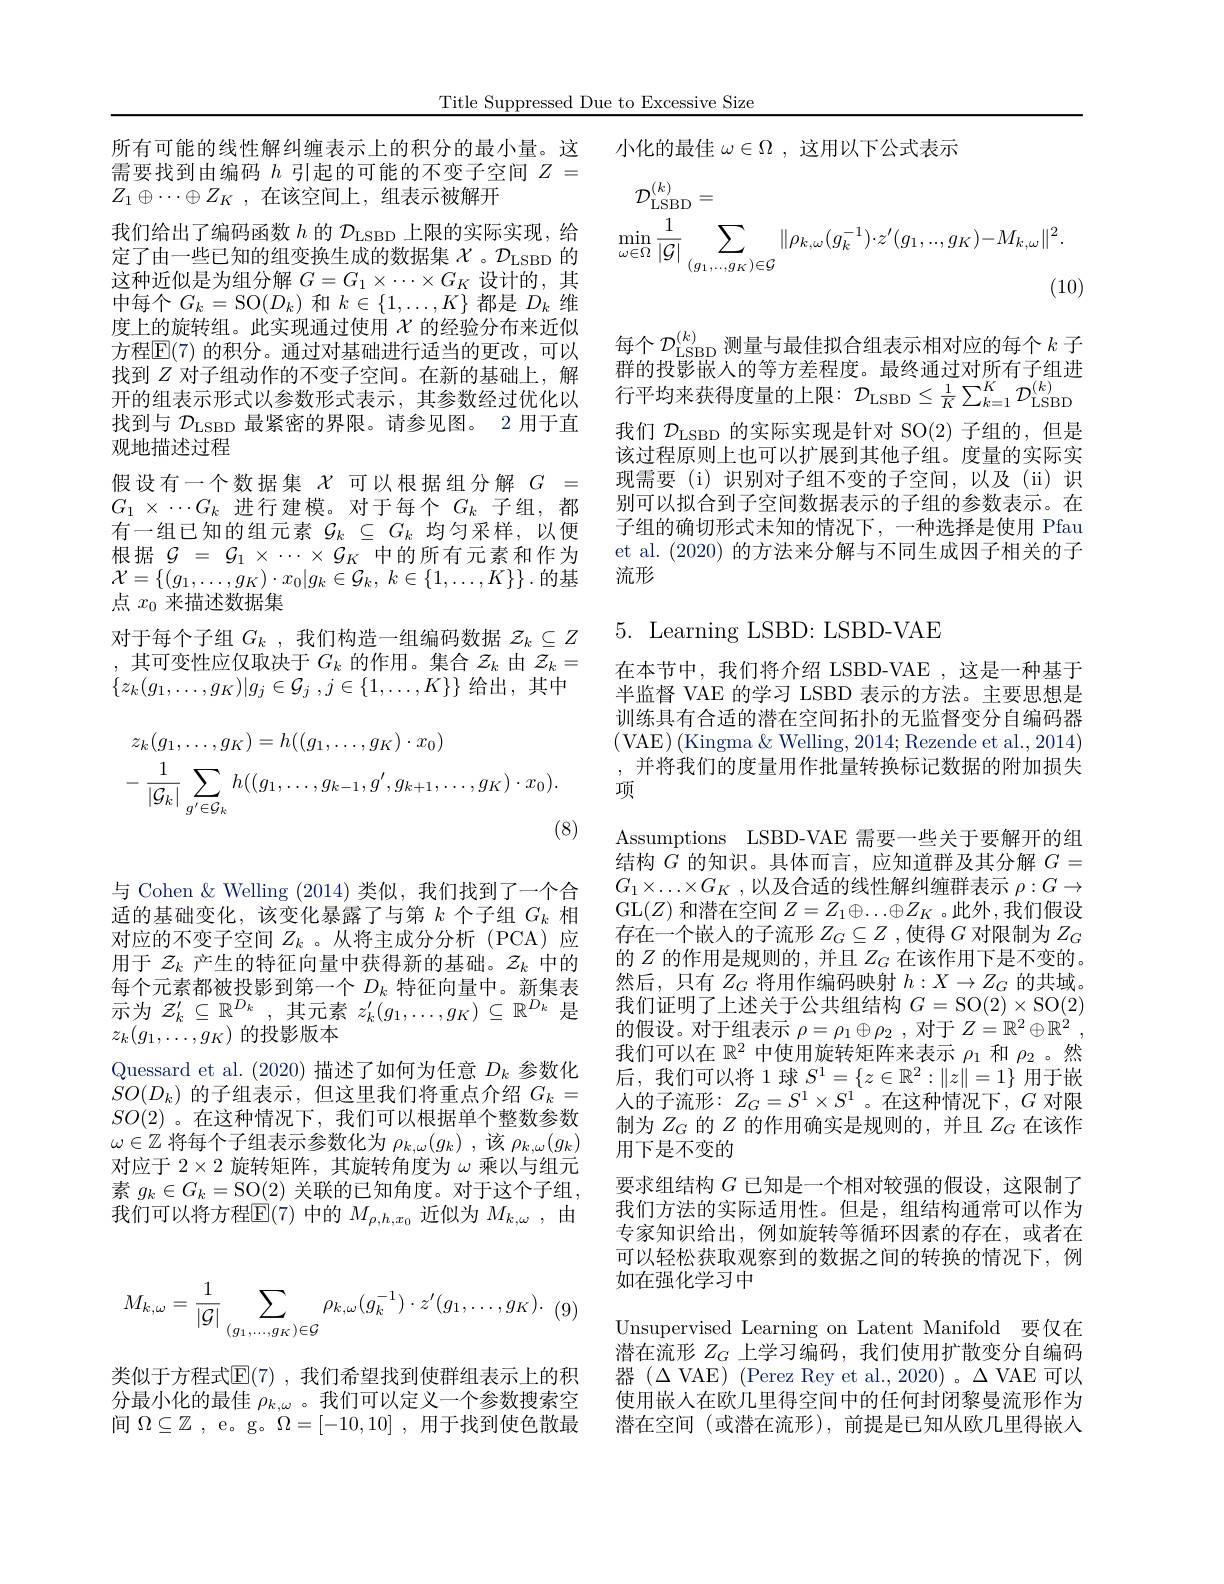
Title Suppressed Due to Excessive Size

需要找到由编码$h$引起的可能的不变子空间$Z=$
$Z_1\oplus\cdots\oplus Z_K$ ,在该空间上，组表示被解开
我们给出了编码函数$h$的$\mathcal{D}_\mathrm{LSBD}$上限的实际实现，给定了由一些已知的组变换生成的数据集$\chi$。$\mathcal{D}_\mathrm{LSBD}$ 的这种近似是为组分解$G=G_1\times\cdots\times G_K$设计的，其中每个$G_k=$SO$(D_k)$ 和$k\in\{1,\ldots,K\}$ 都是 $D_k$ 维度上的旋转组。此实现通过使用$\chi$的经验分布来近似方程$\mathbb{E}(7)$ 的积分。通过对基础进行适当的更改，可以找到$Z$对子组动作的不变子空间。在新的基础上，解开的组表示形式以参数形式表示，其参数经过优化以找到与$\mathcal{D}_\mathrm{LSBD}$最紧密的界限。请参见图。2 用于直观地描述过程
假设有一个数据集$\chi$可以根据组分解$G=$ $G_1\times\cdots G_k$进行建模。对于每个$G_k$子组，都有一组已知的组元素$\mathcal{G}_k\subseteq G_k$均匀采样，以便根据$\mathcal{G}=\mathcal{G}_1\times\cdots\times\mathcal{G}_K$中的所有元素和作为$\mathcal{X} = \{ ( g_1, \ldots , g_K) \cdot x_0| g_k\in \mathcal{G} _k$, $k\in \{ 1, \ldots , K\} \} .$的基点$x_0$来描述数据集
对于每个子组$G_k$ ,我们构造一组编码数据$z_k\subseteq Z$ ,其可变性应仅取决于$G_k$的作用。集合$z_k$由$\mathcal{Z}_k=$ $\{ z_k( g_1, \ldots , g_K) | g_j\in \mathcal{G} _j$ $, j\in \{ 1, \ldots , K\} \}$给出，其中
$$\begin{aligned}&z_{k}(g_{1},\ldots,g_{K})=h((g_{1},\ldots,g_{K})\cdot x_{0})\\&-\frac{1}{|\mathcal{G}_{k}|}\sum_{g^{\prime}\in\mathcal{G}_{k}}h((g_{1},\ldots,g_{k-1},g^{\prime},g_{k+1},\ldots,g_{K})\cdot x_{0}).\end{aligned}$$
(8)

与 Cohen & Welling (2014)类似，我们找到了一个合适的基础变化，该变化暴露了与第$k$个子组$G_k$相对应的不变子空间$Z_k$ 。从将主成分分析(PCA)应用于$z_k$产生的特征向量中获得新的基础。$z_k$中的每个元素都被投影到第一个$D_k$特征向量中。新集表示为$\mathcal{Z} _k^\prime \subseteq \mathbb{R} ^{D_k}$ ,其元素$z_k^\prime(g_1,\ldots,g_K)\subseteq\mathbb{R}^{D_k}$是$z_k(g_1,\ldots,g_K)$的投影版本
Quessard et al. (2020) 描述了如何为任意$D_k$参数化$SO(D_{k})$的子组表示，但这里我们将重点介绍$G_k=$ $SO(2)$。在这种情况下，我们可以根据单个整数参数$\omega\in\mathbb{Z}$将每个子组表示参数化为$\rho_k,\omega(g_k)$ ,该$\rho_k,\omega(g_k)$ 对应于$2\times2$旋转矩阵，其旋转角度为$\omega$乘以与组元素$g_k\in G_k=\operatorname{SO}(2)$关联的已知角度。对于这个子组， 我们可以将方程$\mathbb{E}(7)$中的$M_\rho,h,x_0$近似为$M_k,\omega$,由

所有可能的线性解纠缠表示上的积分的最小量。这 小化的最佳$\omega\in\Omega$ ,这用以下公式表示
$$\begin{aligned}\mathcal{D}_{\mathrm{LSBD}}^{(k)}&=\\\min_{\omega\in\Omega}\frac{1}{|\mathcal{G}|}\sum_{(g_{1},\ldots,g_{K})\in\mathcal{G}}\|\rho_{k,\omega}(g_{k}^{-1})\cdot z'(g_{1},..,g_{K})-M_{k,\omega}\|^{2}.\end{aligned}$$
每个$\mathcal{D}_\text{LSBD}^{(k)}$测量与最佳拟合组表示相对应的每个$k$ 子群的投影品人的笔主关程审 是级通过对所有子组进群的投影嵌人的等方差程度。最终通过对所有子组进行平均来获得度量的上限：$\mathcal{D}_\mathrm{LSBD}\leq\frac1K\sum_{k=1}^K\mathcal{D}_\mathrm{LSBD}^{(k)}$ 我们$\mathcal{D}_\mathrm{LSBD}$的实际实现是针对 SO(2) 子组的，但是该过程原则上也可以扩展到其他子组。度量的实际实现需要(i)识别对子组不变的子空间，以及(ii)识别可以拟合到子空间数据表示的子组的参数表示。在子组的确切形式未知的情况下，一种选择是使用 Pfau et al. (2020) 的方法来分解与不同生成因子相关的子流形

## $5.{\mathrm{~Learning~LSBD:~LSBD-VAE}}$

在本节中，我们将介绍 LSBD-VAE,这是一种基于半监督 VAE 的学习 LSBD 表示的方法。主要思想是训练具有合适的潜在空间拓扑的无监督变分自编码器(VAE)(Kingma&Welling,2014; Rezende et al.,2014) ,并将我们的度量用作批量转换标记数据的附加损失项
Assumptions LSBD-VAE 需要一些关于要解开的组结构$G$的知识。具体而言，应知道群及其分解$G=$ $G_{1}\times \ldots \times G_{K}$ ,以及合适的线性解纠缠群表示 $\rho:G\to$ GL$(Z)$和潜在空间$Z=Z_1\oplus\ldots\oplus Z_K$ 。此外 ,我们假设存在一个嵌人的子流形$Z_G\subseteq Z$ ,使得$G$对限制为$Z_G$ 的$Z$ 的作用是规则的，并且$Z_G$ 在该作用下是不变的。然后，只有$Z_G$将用作编码映射$h:X\to Z_G$的共域。我们证明了上述关于公共组结构$G=\operatorname{SO}(2)\times\operatorname{SO}(2)$ 的假设。对于组表示$\rho=\rho_1\oplus\rho_2$ ,对于$Z= \mathbb{R} ^2\oplus \mathbb{R} ^2$ , 我们可以在$\mathbb{R}^2$中使用旋转矩阵来表示$\rho_1$和$\rho_2$ 。然后，我们可以将 1球$S^1=\{z\in\mathbb{R}^2:\|z\|=1\}$用于嵌人的子流形：$Z_G=S^1\times S^1$。在这种情况下，$G$对限制为$Z_G$的$Z$的作用确实是规则的，并且$Z_G$在该作用下是不变的
要求组结构$G$已知是一个相对较强的假设，这限制了我们方法的实际适用性。但是，组结构通常可以作为专家知识给出，例如旋转等循环因素的存在，或者在可以轻松获取观察到的数据之间的转换的情况下，例如在强化学习中
Unsupervised Learning on Latent Manifold 要仅在潜在流形$Z_G$上学习编码，我们使用扩散变分自编码器 ($\Delta$VAE) (Perez Rey et al.,2020)。$\Delta$ VAE 可以使用嵌入在欧几里得空间中的任何封闭黎曼流形作为潜在空间 (或潜在流形),前提是已知从欧几里得嵌人
$$M_{k,\omega}=\frac{1}{|\mathcal{G}|}\sum_{(g_1,\ldots,g_K)\in\mathcal{G}}\rho_{k,\omega}(g_k^{-1})\cdot z'(g_1,\ldots,g_K).$$
类似于方程式$\mathbb{E} ( 7)$ , 我 们 希 望 找 到 使 群 组 表 示 上 的 积 分最小化的最佳$\rho_{k,\omega}$ 。我们可以定义一个参数搜索空间$\Omega\subseteq\mathbb{Z}$ , e。g。$\Omega=[-10,10]$ ,用于找到使色散最